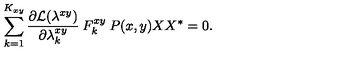
\sum _ { k = 1 } ^ { K _ { x y } } \frac { \partial { \cal { L } } ( \lambda ^ { x y } ) } { \partial \lambda _ { k } ^ { x y } } \: F _ { k } ^ { x y } \: P ( x , y ) X X ^ { * } = 0 .